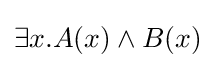
\exists x.A(x)\land B(x)